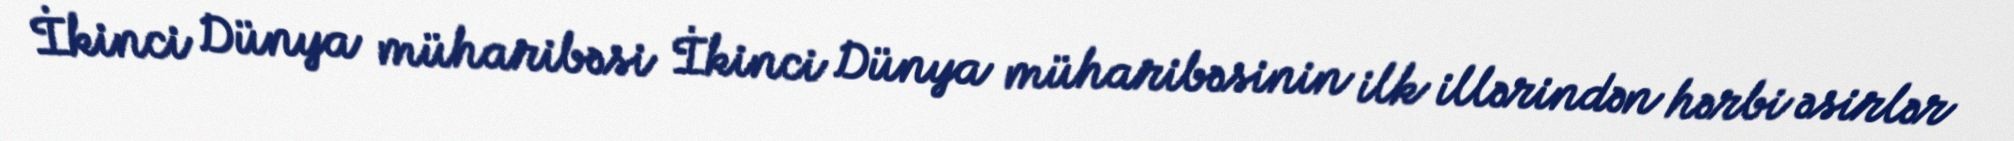
İkinci Dünya müharibəsi İkinci Dünya müharibəsinin ilk illərindən hərbi əsirlər